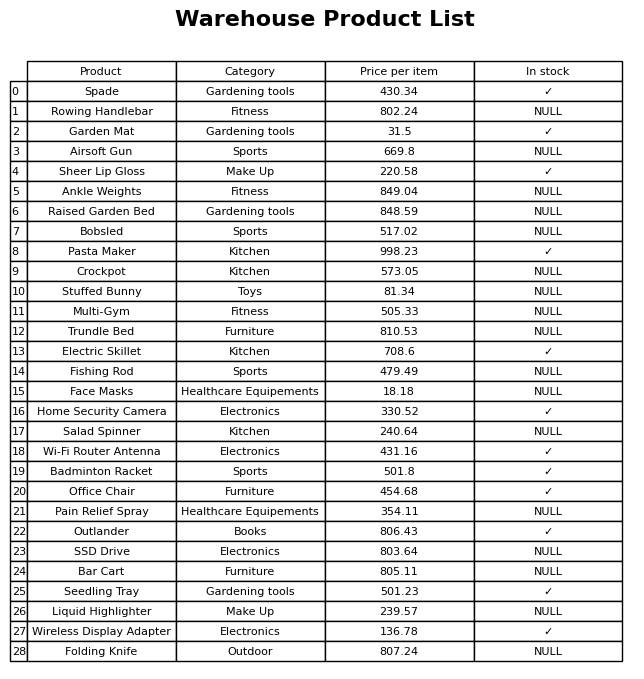
question: What is the price of the Crockpot?
answer: The price of Crockpot is 573.05.